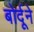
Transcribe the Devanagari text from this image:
बोर्दूने